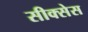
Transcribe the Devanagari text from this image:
सीक्सेस